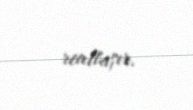
reallaşır.